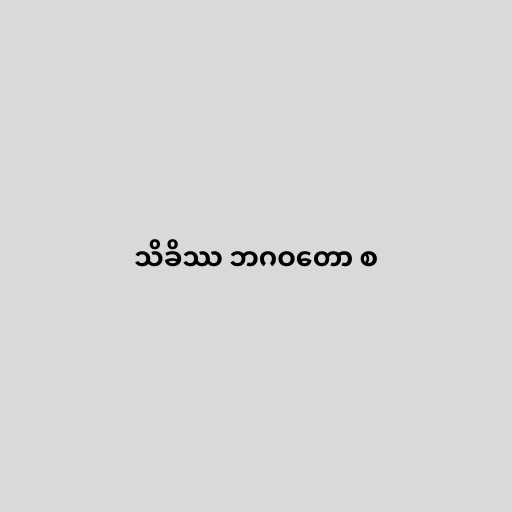
သိခိဿ ဘဂဝတော စ